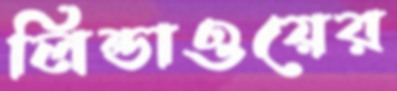
লিন্ডাওয়ের